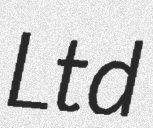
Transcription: Ltd